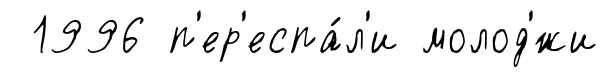
1996 п'ер'еспа́л'и молод'́жи